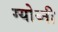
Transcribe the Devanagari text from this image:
ग्योव्नी